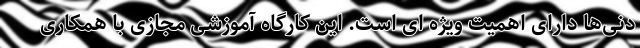
دنی‌ها دارای اهمیت ویژه ای است. این کارگاه آموزشی مجازی با همکاری